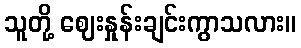
သူတို့ ဈေးနှုန်းချင်းကွာသလား။